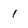
Character: 1